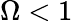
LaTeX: \Omega<1